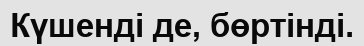
Күшенді де, бөртінді.